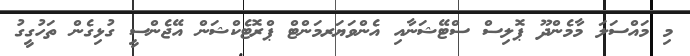
މި މައްސަލަ މާމެންދޫ ޕޮލިސް ސްޓޭޝަނާއި އެންވަޔަރމަންޓް ޕްރޮޓެކްޝަން އޭޖެންސީ ގުޅިގެން ތަހުގީގު